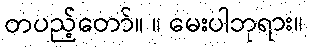
တပည့်တော်။ ။ မေးပါဘုရား။